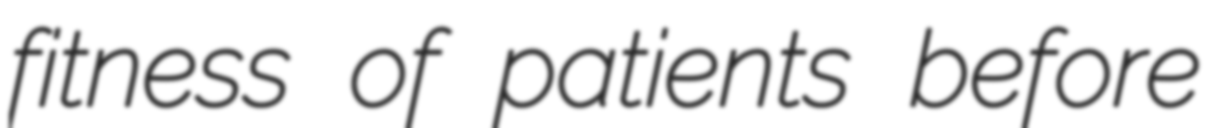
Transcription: fitness of patients before